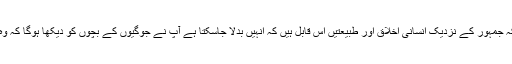
اور اس کی بجائے انسان اپنے اندر قوت محسوس کرتا ہے کیونکہ جمہور کے نزدیک انسانی اخلاق اور طبیعتیں اس قابل ہیں کہ انہیں بدلا جاسکتا ہے آپ نے جوگیوں کے بچوں کو دیکھا ہوگا کہ وہ خوفنا سے خوفناک سانپ کو آسانی سے ہاتھ میں پکڑ لیتے ہیں ۔